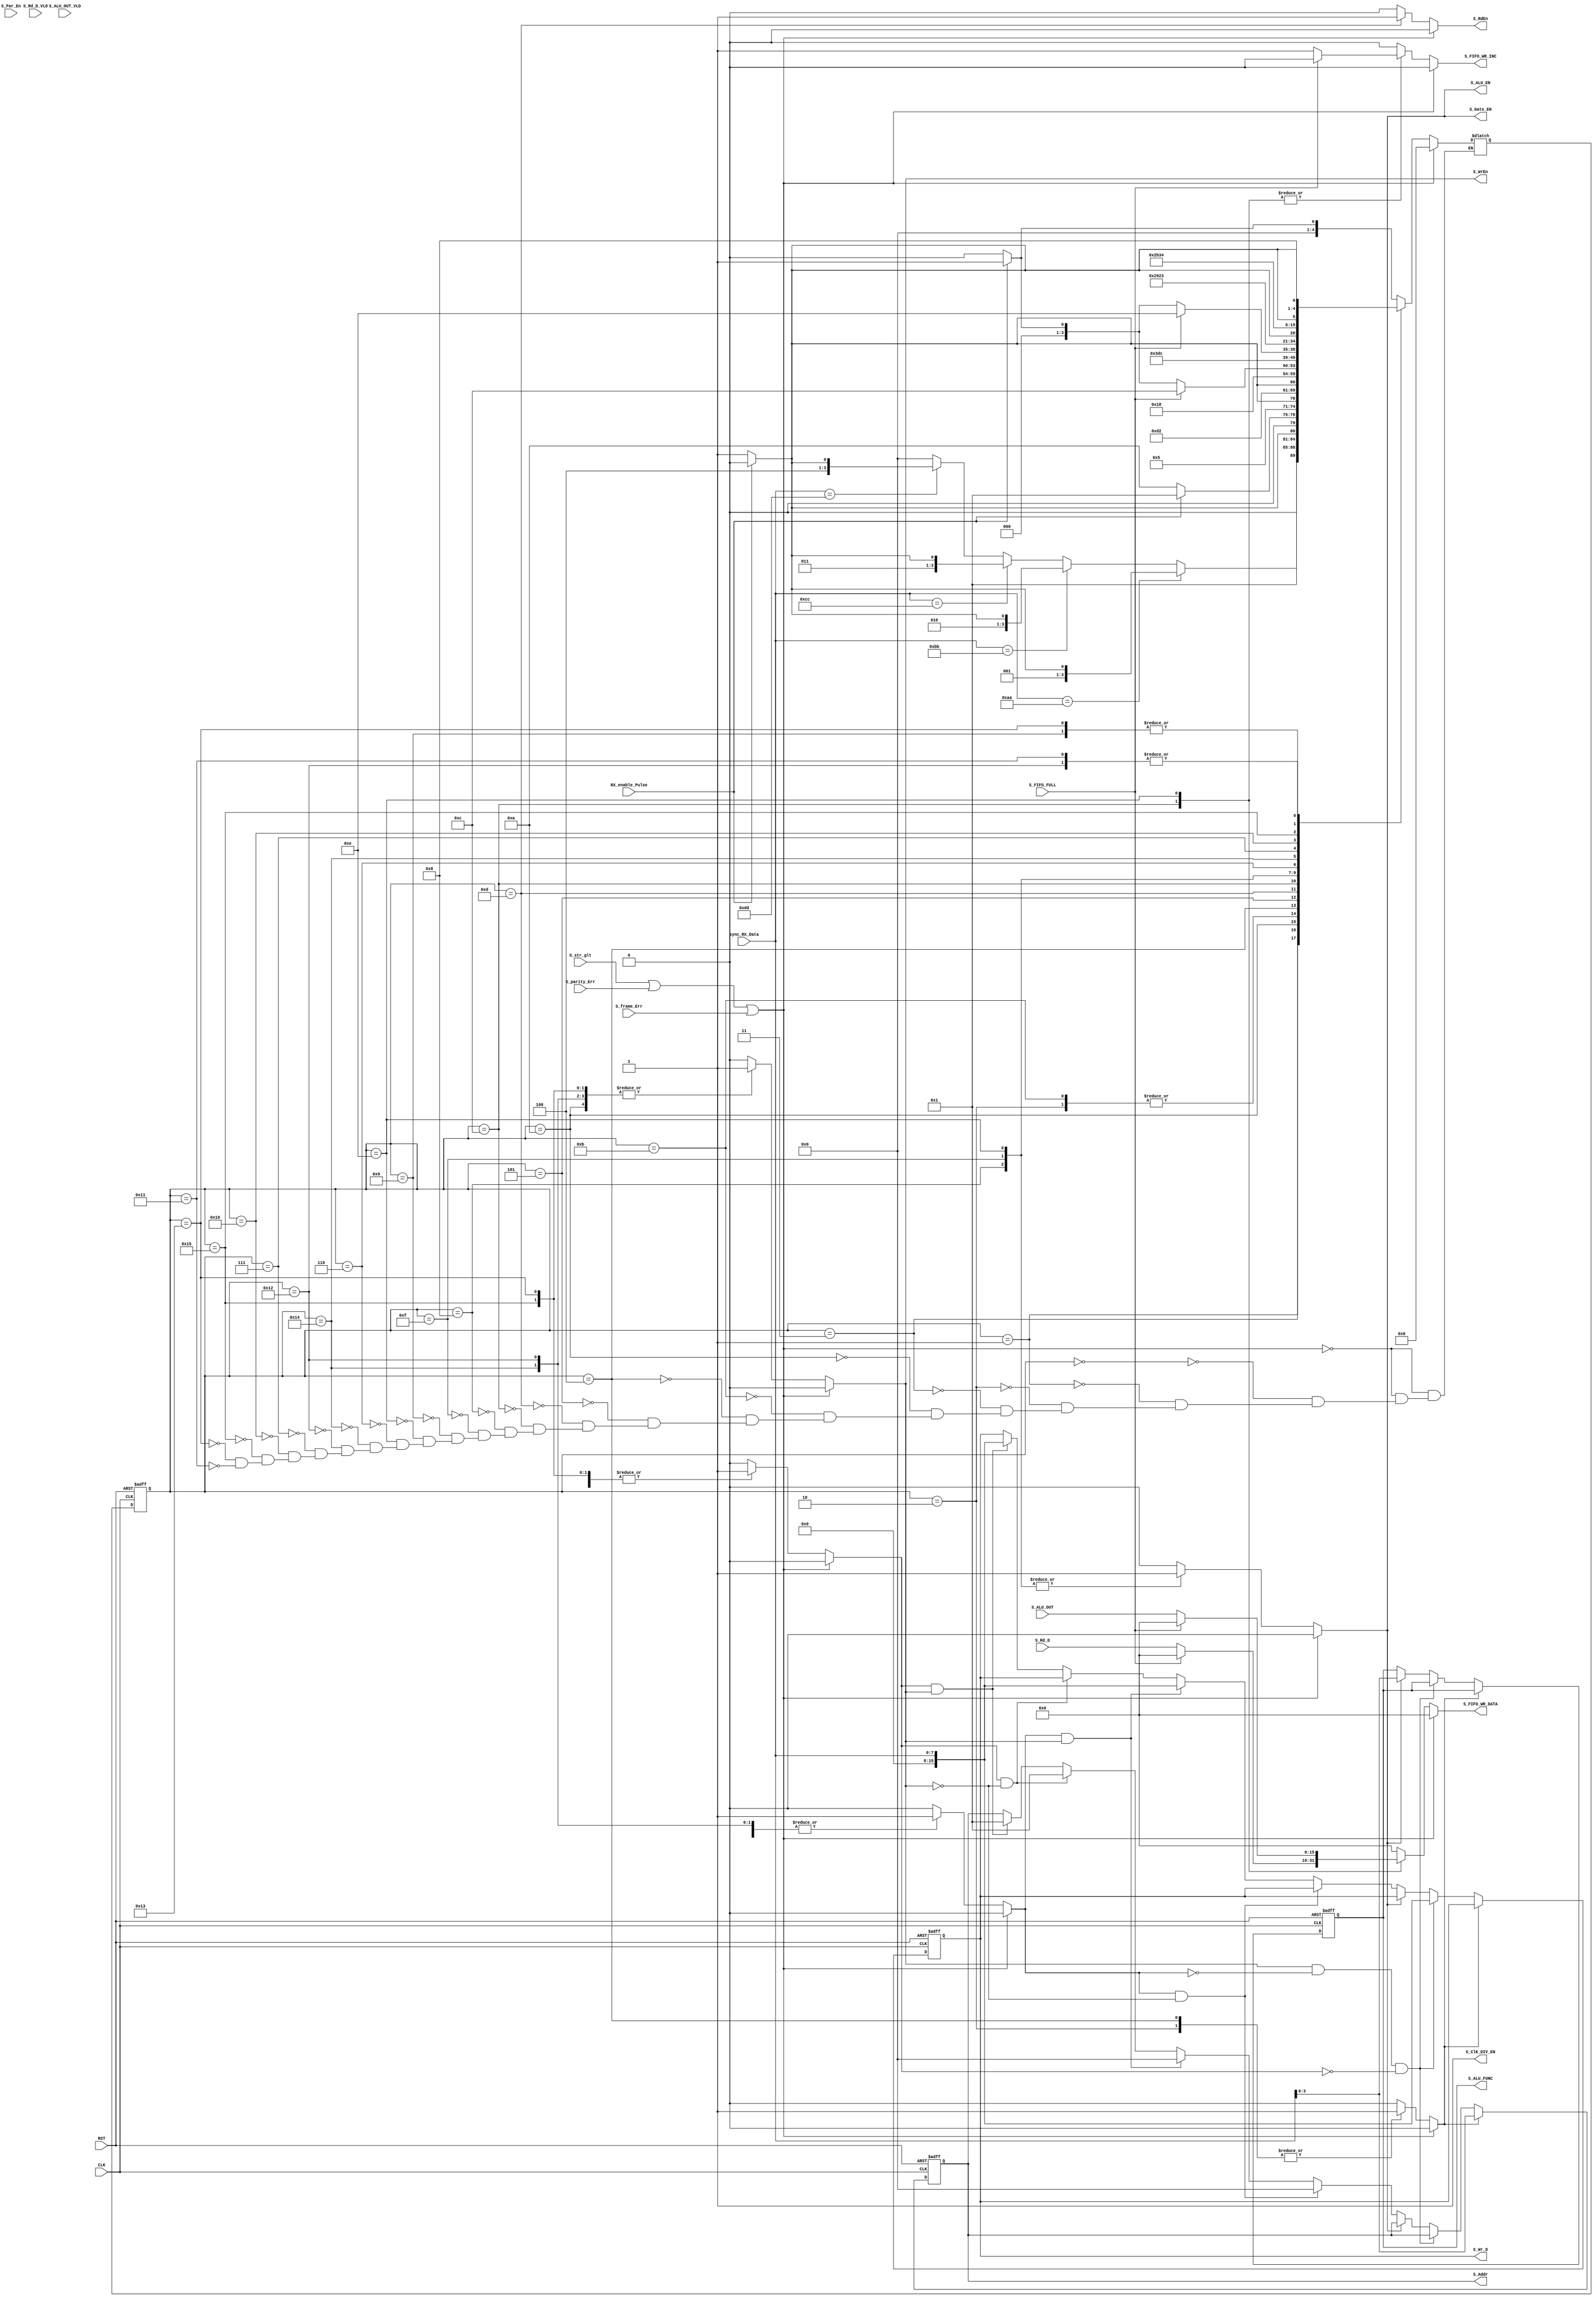
module SYS_CTRL #(
    // Parameters
    parameter ADDRESS       = 4,
    parameter BUS_WIDTH     = 8,
    parameter DATA_WIDTH    = 16,
    parameter ALU_FUN_WIDTH = 4 
) (
    // I/O Ports
    input  wire CLK,
    input  wire RST,
    input  wire [BUS_WIDTH - 1 : 0] sync_RX_Data,
    input  wire RX_enable_Pulse,
    input  wire S_FIFO_FULL,
    input  wire [DATA_WIDTH - 1 : 0] S_Rd_D,
    input  wire S_Rd_D_VLD,
    input  wire [DATA_WIDTH - 1 : 0] S_ALU_OUT,
    input  wire S_ALU_OUT_VLD,
    input  wire S_Par_En,
    input  wire S_str_glt,
    input  wire S_parity_Err,
    input  wire S_frame_Err,
    output reg  [DATA_WIDTH - 1 : 0] S_FIFO_WR_DATA,
    output reg  S_FIFO_WR_INC,
    output reg  S_WrEn,
    output reg  S_RdEn,
    output reg  [ADDRESS    - 1 : 0] S_Addr,
    output reg  [DATA_WIDTH - 1 : 0] S_Wr_D,
    output reg  S_Gate_EN,
    output reg  S_ALU_EN,
    output reg  [ALU_FUN_WIDTH - 1 : 0] S_ALU_FUNC,
    output reg  S_ClK_DIV_EN
);

// FSM States
localparam [4 : 0] IDLE           = 'b0000,
                   FRAME_0        = 'b0001,
                   WR_ADDR        = 'b0010,
                   WAIT_WR_ADDR   = 'b0011,
                   RD_ADDR        = 'b0100,
                   WAIT_RD_ADDR   = 'b0101,
                   OPERAND_A      = 'b0110,
                   WAIT_OPERAND_A = 'b0111,
                   ALU_FUNC       = 'b1000,
                   WAIT_ALU_FUNC  = 'b1001,
                   WR_DATA        = 'b1010,
                   WAIT_WR_DATA   = 'b1011,
                   SEND_DATA      = 'b1100,
                   DELAY_ADDR     = 'b1101,
                   SEND_RES       = 'b1110,
                   ALU_FUNC2      = 'b1111,
                   OPERAND_B      = 'b10000,
                   WAIT_OPERAND_B = 'b10001,
                   OPERAND_A_WR   = 'b10010,
                   OPERAND_B_WR   = 'b10011,
                   OP_A_DELAY     = 'b10100,
                   OP_B_DELAY     = 'b10101;

localparam [3 : 0] OP_A_ADDRESS = 'h0;
localparam [3 : 0] OP_B_ADDRESS = 'h1;

// Current state and next state
reg  [4 : 0] current_state, next_state;

// Recevied Frame 
reg [10 : 0] Frame;

// Counter
reg [3 : 0] counter;
reg count_done;
reg count_EN;

reg Address_Flag;
reg ALU_Fun_Flag;
reg OP_A_Flag, OP_B_Flag;

//reg [BUS_WIDTH - 1 : 0] A,B;


// Asynchronous reset
always @(posedge CLK or negedge RST) begin
    if(!RST) begin
        current_state <= IDLE;
    end
    else begin
        current_state <= next_state;
    end 
end

// Next state Logic
always @(*) begin
    /****************** Initial Values ******************/ 

    /* Clock Divider is always on (clock divider enable = 1) */
    S_ClK_DIV_EN   = 1'b1;
    S_Gate_EN      = 1'b0;
    S_ALU_EN       = 1'b0;
    S_RdEn         = 1'b0;
    S_WrEn         = 1'b0;
    count_EN       = 1'b0;
    Address_Flag   = 1'b0;
    ALU_Fun_Flag   = 1'b0;
    S_FIFO_WR_INC  = 1'b0;
    S_FIFO_WR_DATA =  'b0; 
    OP_A_Flag      = 1'b0;
    OP_B_Flag      = 1'b0;   

    if(S_str_glt || S_parity_Err || S_frame_Err) begin
        next_state = IDLE;
    end
    else begin
        case (current_state)
        // IDLE State
            IDLE: begin
                if(RX_enable_Pulse) begin
                    next_state = FRAME_0;
                end
                else begin
                    next_state = IDLE;
                end
            end
            // Receive Frame_0
            FRAME_0: begin
                Frame = sync_RX_Data[7 : 0];
                if(Frame[7 : 0] == 'hAA) begin
                    if(RX_enable_Pulse) begin
                    next_state = WR_ADDR;
                   end
                   else begin
                    next_state = WAIT_WR_ADDR;
                   end
                    end
                else if(Frame[7 : 0] == 'hBB) begin
                    if(RX_enable_Pulse) begin
                    next_state = RD_ADDR;
                   end
                   else begin
                    next_state = WAIT_RD_ADDR;
                   end
                end
                else if(Frame[7 : 0] == 'hCC) begin
                    if(RX_enable_Pulse) begin
                    next_state = OPERAND_A;
                    end
                   else begin
                    next_state = WAIT_OPERAND_A;
                   end
                end
                else if(Frame[7 : 0] == 'hDD) begin
                    if(RX_enable_Pulse) begin
                    next_state = ALU_FUNC;
                   end
                   else begin
                    next_state = WAIT_ALU_FUNC;
                   end
                end
                else begin
                    next_state = IDLE;
                end
            end
            // Address for write
            WR_ADDR: begin
                Address_Flag = 1'b1;
                if(RX_enable_Pulse) begin
                    next_state = WR_DATA;
                end
                else begin
                    next_state = WAIT_WR_DATA;
                end
            end
            // Wait for start sending Frame which has the Address 
            WAIT_WR_ADDR: begin
                if(RX_enable_Pulse) begin
                  next_state = WR_ADDR;
                end
                else begin
                  next_state = WAIT_WR_ADDR;
                end
            end
            // Writing the Data
            WR_DATA: begin
                S_WrEn     = 1'b1;
                if(RX_enable_Pulse) begin
                    next_state = FRAME_0;
                end
                else begin
                    next_state = WR_DATA;
                end
            end
            // Waiting for start sending Frame which has the Data 
            WAIT_WR_DATA: begin
                if(RX_enable_Pulse) begin
                  next_state = WR_DATA;
                end
                else begin
                  next_state = WAIT_WR_DATA;
                end
            end
            // Address for Reading Data
            RD_ADDR: begin
                Address_Flag = 1'b1;
                next_state = DELAY_ADDR;
            end
            // Waiting for send Address to read it 
            WAIT_RD_ADDR: begin
                if(RX_enable_Pulse) begin
                  next_state = RD_ADDR;
                end
                else begin
                  next_state = WAIT_RD_ADDR;
                end
            end
            DELAY_ADDR: begin
                S_RdEn = 1'b1;
                next_state = SEND_DATA;
            end
            SEND_DATA: begin
                if(!S_FIFO_FULL) begin
                   S_FIFO_WR_DATA = S_Rd_D;
                    S_FIFO_WR_INC = 1'b1;
                    if(RX_enable_Pulse) begin
                        next_state = FRAME_0;
                    end
                    else begin
                        next_state = IDLE;
                    end 
                end
                else begin
                    next_state = SEND_DATA;
                end
            end
            ALU_FUNC: begin
                S_ALU_EN     = 1'b1;
                ALU_Fun_Flag = 1'b1;
                S_Gate_EN    = 1'b1;
                next_state   = ALU_FUNC2;
            end

            ALU_FUNC2: begin
                S_ALU_EN     = 1'b1;
                ALU_Fun_Flag = 1'b1;
                S_Gate_EN    = 1'b1;
                next_state   = SEND_RES;
            end

            WAIT_ALU_FUNC: begin
                if(RX_enable_Pulse) begin
                    next_state = ALU_FUNC;
                end
                else begin
                    next_state = WAIT_ALU_FUNC;
                end
            end
            SEND_RES: begin
                S_ALU_EN  = 1'b1;
                S_Gate_EN = 1'b1;
                ALU_Fun_Flag = 1'b1;
                if(!S_FIFO_FULL) begin
                   S_FIFO_WR_DATA = S_ALU_OUT;
                    S_FIFO_WR_INC = 1'b1;
                    if(RX_enable_Pulse) begin
                        next_state = FRAME_0;
                    end
                    else begin
                        next_state = IDLE;
                    end 
                end
                else begin
                    next_state = SEND_RES;
                end
            end
            OPERAND_A: begin
                OP_A_Flag    = 1'b1;
                next_state   = OP_A_DELAY; 
            end
            OP_A_DELAY: begin
                S_WrEn       = 1'b1;
                OP_A_Flag    = 1'b1;
                next_state   = OPERAND_A_WR; 
            end
            OPERAND_A_WR: begin
                S_WrEn       = 1'b1;
                OP_A_Flag    = 1'b1;
                if(RX_enable_Pulse) begin
                    next_state = OPERAND_B;
                end
                else begin
                    next_state = WAIT_OPERAND_B;
                end
            end
            WAIT_OPERAND_A: begin
                if(RX_enable_Pulse) begin
                    next_state = OPERAND_A;
                end
                else begin
                    next_state = WAIT_OPERAND_A;
                end
            end
            OPERAND_B: begin
                OP_B_Flag    = 1'b1; 
                next_state   = OP_B_DELAY;
            end
            OP_B_DELAY: begin
                S_WrEn       = 1'b1;
                OP_B_Flag    = 1'b1;
                next_state   = OPERAND_B_WR; 
            end
            OPERAND_B_WR: begin
                S_WrEn       = 1'b1;
                OP_B_Flag    = 1'b1; 
                if(RX_enable_Pulse) begin
                    next_state = ALU_FUNC;
                end
                else begin
                    next_state = WAIT_ALU_FUNC;
                end
            end
            WAIT_OPERAND_B: begin
                if(RX_enable_Pulse) begin
                    next_state = OPERAND_B;
                end
                else begin
                    next_state = WAIT_OPERAND_B;
                end
            end
        endcase
    end   
end

always @(posedge CLK or negedge RST) begin
    if(!RST) begin
        S_Addr     <= 'b0;
        S_Wr_D     <= 'b0;
        S_ALU_FUNC <= 'b0;
    end
    else if(Address_Flag) begin
        S_Addr <= sync_RX_Data;
    end
    else if(S_WrEn && !OP_A_Flag && !OP_B_Flag) begin
        S_Wr_D <= sync_RX_Data;
    end
    else if(ALU_Fun_Flag) begin
        S_ALU_FUNC <= sync_RX_Data;
    end
    else if(OP_A_Flag && !S_WrEn) begin
        S_Addr <= OP_A_ADDRESS;
    end
    else if(OP_A_Flag && S_WrEn) begin
        S_Addr <= OP_A_ADDRESS;
        S_Wr_D <= sync_RX_Data; 
    end
    else if(OP_B_Flag && !S_WrEn) begin
        S_Addr <= OP_B_ADDRESS;
    end
    else if(OP_B_Flag && S_WrEn) begin
        S_Addr <= OP_B_ADDRESS;
        S_Wr_D <= sync_RX_Data; 
    end
end
    
endmodule